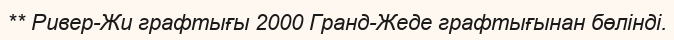
** Ривер-Жи графтығы 2000 Гранд-Жеде графтығынан бөлінді.